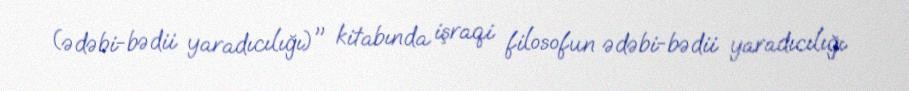
(ədəbi-bədii yaradıcılığı)" kitabında işraqi filosofun ədəbi-bədii yaradıcılığı